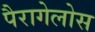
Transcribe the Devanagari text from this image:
पैरागेलोस